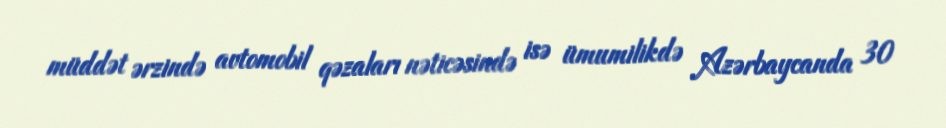
müddət ərzində avtomobil qəzaları nəticəsində isə ümumilikdə Azərbaycanda 30